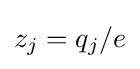
z_{j}=q_{j}/e